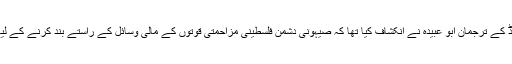
رواں سال جنوری میں القسام بریگیڈ کے ترجمان ابو عبیدہ نے انکشاف کیا تھا کہ صیہونی دشمن فلسطینی مزاحمتی قوتوں کے مالی وسائل کے راستے بند کرنے کے لیے تمام حربے استعمال کررہا ہے۔